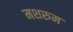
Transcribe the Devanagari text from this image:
मशरुम